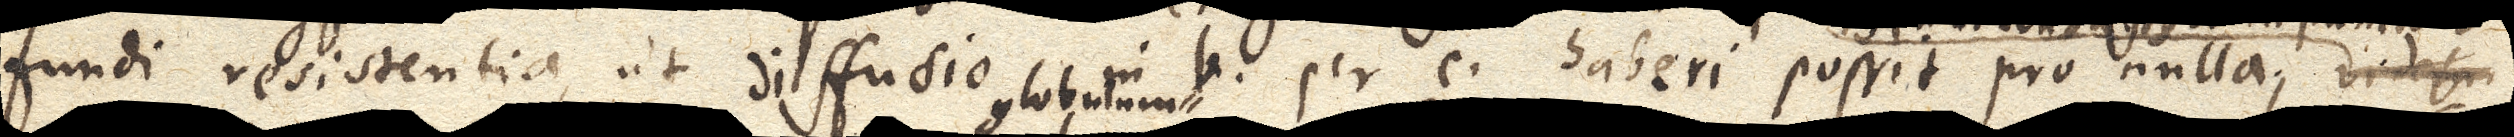
fundi resistentia, ut diffusio in b per c haberi possit pro nulla; _